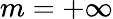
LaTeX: m=+\infty